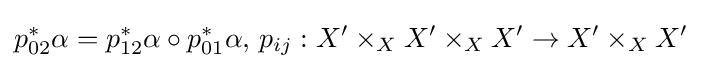
p_{02}^{*}\alpha =p_{12}^{*}\alpha \circ p_{01}^{*}\alpha ,\,p_{ij}:X'\times _{X}X'\times _{X}X'\to X'\times _{X}X'